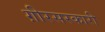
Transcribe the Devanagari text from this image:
ग़ीरसरकारी